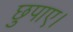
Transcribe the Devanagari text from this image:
छुपाए।